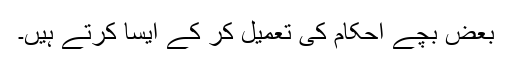
بعض بچے احکام کی تعمیل کر کے ایسا کرتے ہیں۔